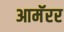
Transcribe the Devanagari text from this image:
आमॅरर